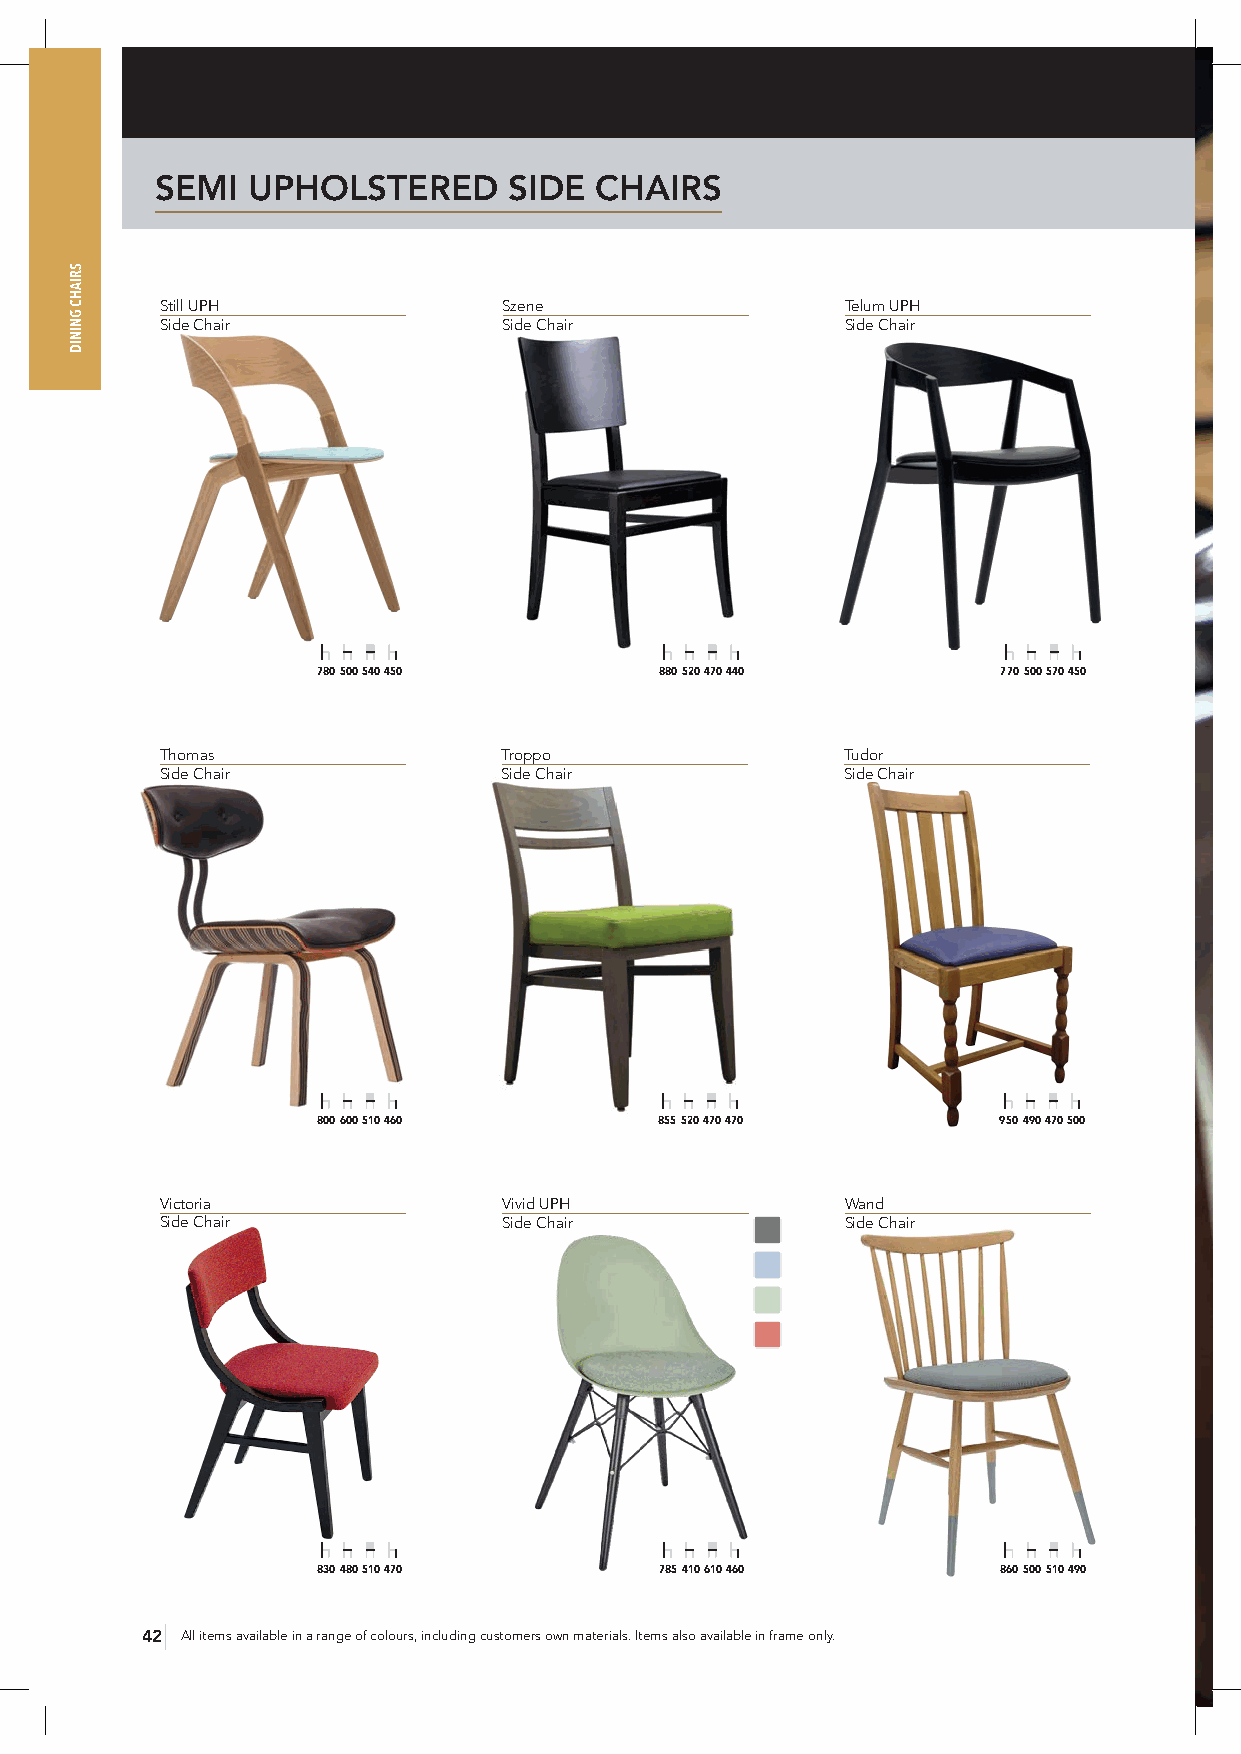
SEMI  UPHOLSTERED       SIDE CHAIRS
 Still UPH             Szene                  Telum UPH
 Side Chair            Side Chair             Side Chair
 780 500 540 450        880 520 470 440       770 500 570 450
 Thomas                Troppo                 Tudor
 Side Chair            Side Chair             Side Chair
 800 600 510 460        855 520 470 470       950 490 470 500
 Victoria              Vivid UPH              Wand
 Side Chair            Side Chair             Side Chair
 830 480 510 470        785 410 610 460       860 500 510 490
 42 All items available in a range of colours, including customers own materials. Items also available in frame only.
 SRIAHC
 GNINID